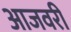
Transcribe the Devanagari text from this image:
आजवरी